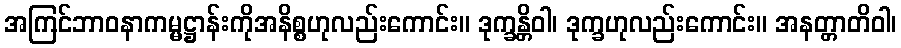
အကြင်ဘာဝနာကမ္မဋ္ဌာန်းကိုအနိစ္စဟုလည်းကောင်း။ ဒုက္ခန္တိဝါ၊ ဒုက္ခဟုလည်းကောင်း။ အနတ္တာတိဝါ၊